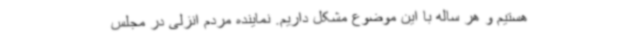
هستیم و هر ساله با این موضوع مشکل داریم. نماینده مردم انزلی در مجلس